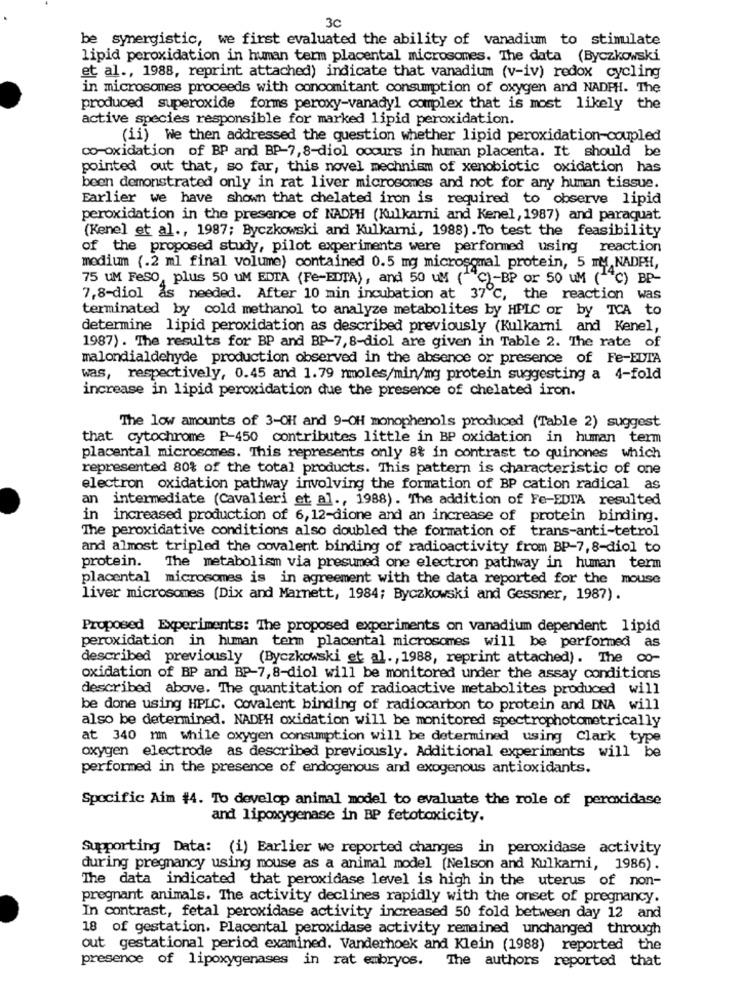
3c
be synergistic, we first evaluated the ability of vanadium to stimulate
lipid peroxidation in human term placental microsomes. The data (Byczkowski
et al ., 1988, reprint attached) indicate that vanadium (v-iv) redox cycling
in microsomes proceeds with concomitant consumption of oxygen and NADPH. The
produced superoxide forms peroxy-vanadyl complex that is most likely the
active species responsible for marked lipid peroxidation.
(ii) We then addressed the question whether lipid peroxidation-coupled
co-oxidation of BP and BP-7,8-diol ooours in human placenta. It should be
pointed out that, so far, this novel mechniem of xenobiotic oxidation has
been demonstrated only in rat liver microsomes and not for any human tissue.
Earlier we have shown that chelated iron is required to observe lipid
peroxidation in the presence of NADPH (Kulkarni and Kenel, 1987) and paraquat.
(Kene] et al ., 1987; Byczkowski and Kulkarni, 1988) .To test the feasibility
of the proposed study, pilot experiments were performed using reaction
medium (.2 ml final volume) contained 0.5 mg microsomal protein, 5 IM NADPH,
75 UM FeSO, plus 50 UM EDTA (Fe-EDTA), and 50 um (*)-BP or 50 UM (14℃) BP-
7,8-diol ås needed. After 10 min incubation at 37℃, the reaction was
terminated by cold methanol to analyze metabolites by HPLC or by TCA to
determine lipid peroxidation as described previously (Kulkarni and Kenel,
1987) . The results for BP and BP-7,8-diol are given in Table 2. The rate of
malondialdehyde production observed in the absence or presence of Fe-EDTA
was, respectively, 0.45 and 1.79 rmoles/min/mg protein suggesting a 4-fold
increase in lipid peroxidation due the presence of chelated iron.
The low amounts of 3-OH and 9-OH monophenols produced (Table 2) suggest
that cytochrome P-450 contributes little in BP oxidation in human term
placental microsomes. This represents only 8% in contrast to quinones which
represented 80% of the total products. This pattern is characteristic of one
electron oxidation pathway involving the formation of BP cation radical as
an intermediate (Cavalieri et al ., 1988). The addition of Fe-EDTA resulted
in increased production of 6, 12-dione and an increase of protein binding.
The peroxidative conditions also doubled the formation of trans-anti-tetrol
and almost tripled the covalent binding of radioactivity from BP-7,8-diol to
protein. The metabolism via presumed one electron pathway in human term
placental microsomes is in agreement with the data reported for the mouse
liver microsomes (Dix and Marnett, 1984; Byczkowski and Gessner, 1987).
Proposed Experiments: The proposed experiments on vanadium dependent lipid
peroxidation in human term placental microsomes will be performed as
described previously (Byczkowski et al ., 1988, reprint attached). The co-
oxidation of BP and BP-7,8-diol will be monitored under the assay conditions
described above. The quantitation of radioactive metabolites produced will
be done using HPLC. Covalent binding of radiocarbon to protein and DNA will
also be determined. NADPH oxidation will be monitored spectrophotometrically
at 340 mm while oxygen consumption will be determined using Clark type
oxygen electrode as described previously. Additional experiments will be
performed in the presence of endogenous and exogenous antioxidants.
Specific Aim #4. To develop animal model to evaluate the role of peroxidase
and lipoxygenase in BP fetotoxicity.
Supporting Data: (i) Earlier we reported changes in peroxidase activity
during pregnancy using mouse as a animal model [Nelson and Kulkarni, 1986).
The data indicated that peroxidase level is high in the uterus of non-
pregnant animals. The activity declines rapidly with the onset of pregnancy.
In contrast, fetal peroxidase activity increased 50 fold between day 12 and
18 of gestation. Placental peroxidase activity remained unchanged through
out gestational period examined. Vanderhoek and Klein (1988) reported the
presence of lipoxygenases in rat embryos.
The authors reported that